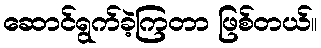
ဆောင်ရွက်ခဲ့ကြတာ ဖြစ်တယ်။